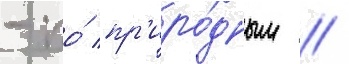
- по́ пр'иро́дным //